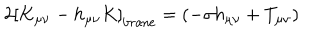
LaTeX: 2 \left[ K _ { \mu \nu } - h _ { \mu \nu } K \right] _ { \mathrm { { b r a n e } } } = \left( - \sigma h _ { \mu \nu } + T _ { \mu \nu } \right)